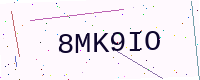
Text: 8MK9IO